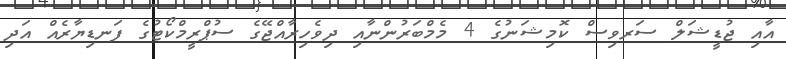
އާއި ޖުޑީޝަލް ސަރވިސް ކޮމިޝަނުގެ 4 މެމްބަރުންނާއި ދިވެހިރާއްޖޭގެ ސުޕްރީމްކޯޓުގެ ފަނޑިޔާރެއް އަދި